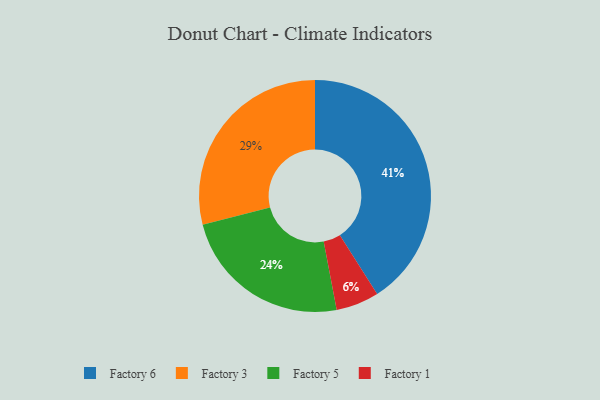
{"axis": {"x": "Category", "y": "Percentage"}, "legend": ["Factory 1", "Factory 3", "Factory 5", "Factory 6"], "data": [{"x": "Factory 6", "y": 41, "type": "Factory 6"}, {"x": "Factory 5", "y": 24, "type": "Factory 5"}, {"x": "Factory 1", "y": 6, "type": "Factory 1"}, {"x": "Factory 3", "y": 29, "type": "Factory 3"}]}